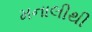
મનાલીથી